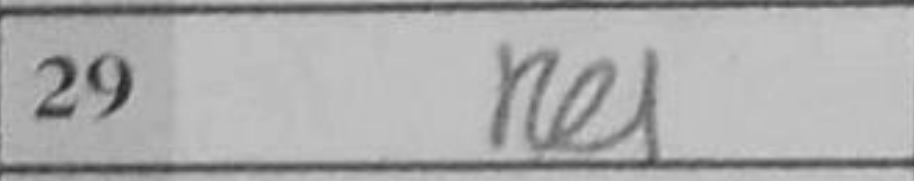
Transcription: Re1